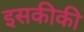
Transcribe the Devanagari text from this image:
इसकीकी